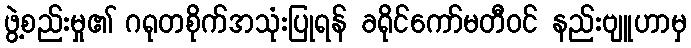
ဖွဲ့စည်းမှု၏ ဂရုတစိုက်အသုံးပြုရန် ခရိုင်ကော်မတီဝင် နည်းဗျူဟာမှ